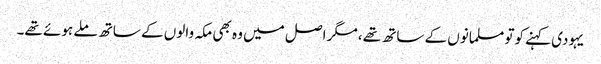
یہودی کہنے کوتو مسلمانوں کے ساتھ تھے ،مگر اصل میں وہ بھی مکہ والوں کے ساتھ ملے ہوئے تھے۔